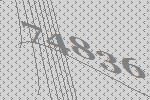
74836